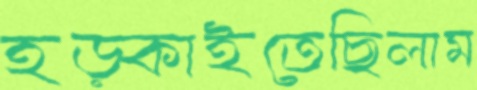
হড়্‌কাইতেছিলাম